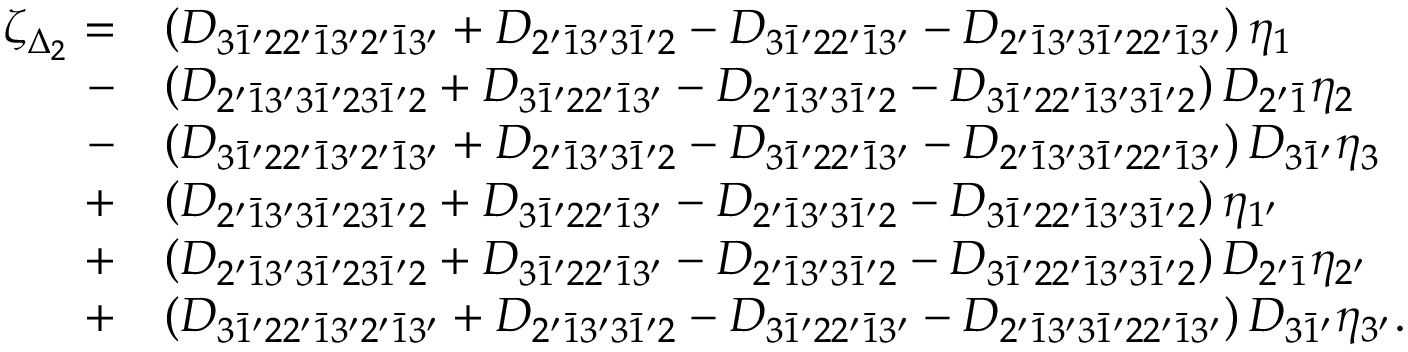
\begin{array} { r l } { \zeta _ { \Delta _ { 2 } } = } & { \left( { { D _ { 3 \bar { 1 } ^ { \prime } 2 2 ^ { \prime } \bar { 1 } 3 ^ { \prime } 2 ^ { \prime } \bar { 1 } 3 ^ { \prime } } } + { D _ { 2 ^ { \prime } \bar { 1 } 3 ^ { \prime } 3 \bar { 1 } ^ { \prime } 2 } } - { D _ { 3 \bar { 1 } ^ { \prime } 2 2 ^ { \prime } \bar { 1 } 3 ^ { \prime } } } - { D _ { 2 ^ { \prime } \bar { 1 } 3 ^ { \prime } 3 \bar { 1 } ^ { \prime } 2 2 ^ { \prime } \bar { 1 } 3 ^ { \prime } } } } \right) { \eta _ { 1 } } } \\ { - } & { \left( { { D _ { 2 ^ { \prime } \bar { 1 } 3 ^ { \prime } 3 \bar { 1 } ^ { \prime } 2 3 \bar { 1 } ^ { \prime } 2 } } + { D _ { 3 \bar { 1 } ^ { \prime } 2 2 ^ { \prime } \bar { 1 } 3 ^ { \prime } } } - { D _ { 2 ^ { \prime } \bar { 1 } 3 ^ { \prime } 3 \bar { 1 } ^ { \prime } 2 } } - { D _ { 3 \bar { 1 } ^ { \prime } 2 2 ^ { \prime } \bar { 1 } 3 ^ { \prime } 3 \bar { 1 } ^ { \prime } 2 } } } \right) { D _ { 2 ^ { \prime } \bar { 1 } } } { \eta _ { 2 } } } \\ { - } & { \left( { { D _ { 3 \bar { 1 } ^ { \prime } 2 2 ^ { \prime } \bar { 1 } 3 ^ { \prime } 2 ^ { \prime } \bar { 1 } 3 ^ { \prime } } } + { D _ { 2 ^ { \prime } \bar { 1 } 3 ^ { \prime } 3 \bar { 1 } ^ { \prime } 2 } } - { D _ { 3 \bar { 1 } ^ { \prime } 2 2 ^ { \prime } \bar { 1 } 3 ^ { \prime } } } - { D _ { 2 ^ { \prime } \bar { 1 } 3 ^ { \prime } 3 \bar { 1 } ^ { \prime } 2 2 ^ { \prime } \bar { 1 } 3 ^ { \prime } } } } \right) { D _ { 3 \bar { 1 } ^ { \prime } } } { \eta _ { 3 } } } \\ { + } & { \left( { { D _ { 2 ^ { \prime } \bar { 1 } 3 ^ { \prime } 3 \bar { 1 } ^ { \prime } 2 3 \bar { 1 } ^ { \prime } 2 } } + { D _ { 3 \bar { 1 } ^ { \prime } 2 2 ^ { \prime } \bar { 1 } 3 ^ { \prime } } } - { D _ { 2 ^ { \prime } \bar { 1 } 3 ^ { \prime } 3 \bar { 1 } ^ { \prime } 2 } } - { D _ { 3 \bar { 1 } ^ { \prime } 2 2 ^ { \prime } \bar { 1 } 3 ^ { \prime } 3 \bar { 1 } ^ { \prime } 2 } } } \right) { \eta _ { 1 ^ { \prime } } } } \\ { + } & { \left( { { D _ { 2 ^ { \prime } \bar { 1 } 3 ^ { \prime } 3 \bar { 1 } ^ { \prime } 2 3 \bar { 1 } ^ { \prime } 2 } } + { D _ { 3 \bar { 1 } ^ { \prime } 2 2 ^ { \prime } \bar { 1 } 3 ^ { \prime } } } - { D _ { 2 ^ { \prime } \bar { 1 } 3 ^ { \prime } 3 \bar { 1 } ^ { \prime } 2 } } - { D _ { 3 \bar { 1 } ^ { \prime } 2 2 ^ { \prime } \bar { 1 } 3 ^ { \prime } 3 \bar { 1 } ^ { \prime } 2 } } } \right) { D _ { 2 ^ { \prime } \bar { 1 } } } { \eta _ { 2 ^ { \prime } } } } \\ { + } & { \left( { { D _ { 3 \bar { 1 } ^ { \prime } 2 2 ^ { \prime } \bar { 1 } 3 ^ { \prime } 2 ^ { \prime } \bar { 1 } 3 ^ { \prime } } } + { D _ { 2 ^ { \prime } \bar { 1 } 3 ^ { \prime } 3 \bar { 1 } ^ { \prime } 2 } } - { D _ { 3 \bar { 1 } ^ { \prime } 2 2 ^ { \prime } \bar { 1 } 3 ^ { \prime } } } - { D _ { 2 ^ { \prime } \bar { 1 } 3 ^ { \prime } 3 \bar { 1 } ^ { \prime } 2 2 ^ { \prime } \bar { 1 } 3 ^ { \prime } } } } \right) { D _ { 3 \bar { 1 } ^ { \prime } } } { \eta _ { 3 ^ { \prime } } } . } \end{array}